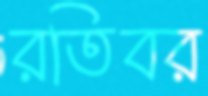
রতিবর